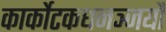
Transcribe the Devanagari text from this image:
कार्कोटकधनञ्जयौ